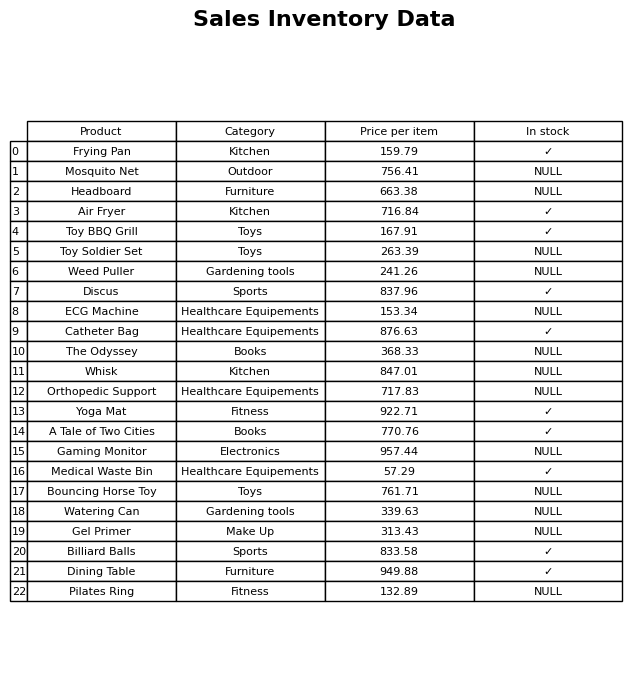
question: What is the stock status of the ECG Machine?
answer: NULL